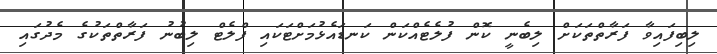
ލިބިފައިވާ ފަރާތްތަކަށް ލިބެނީ ކޮން ފުލެޓެއްކަން ކަނޑައެޅުމަށްޓަކައި ފްލެޓް ލިބުނު ފަރާތްތަކުގެ މެދުގައި